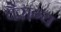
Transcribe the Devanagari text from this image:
वैराग्‍य